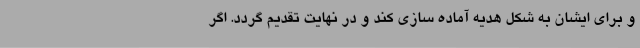
و برای ایشان به شکل هدیه آماده سازی کند و در نهایت تقدیم گردد. اگر